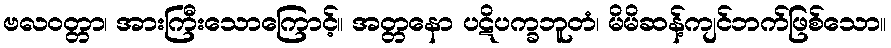
ဗလဝတ္တာ၊ အားကြီးသောကြောင့်။ အတ္တနော ပဋိပက္ခဘူတံ၊ မိမိဆန့်ကျင်ဘက်ဖြစ်သော။